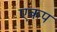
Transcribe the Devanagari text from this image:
एकप